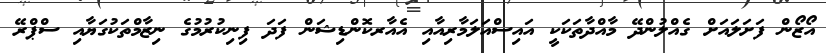
އޯޒޯން ފަށަލައަށް ގެއްލުންދޭ މާއްދާތަކަކީ އައިސްއަލަމާރިއާއި އެއާރކޮންޑިޝަން ފަދަ ފިނިކުރުމުގެ ނިޒާމްތަކުގަޔާއި ސްޕްރޭ